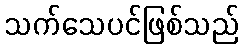
သက်သေပင်ဖြစ်သည်